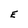
Character: E